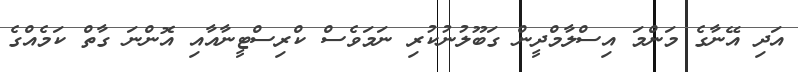
އަދި އޭނާގެ މަންމަ އިސްލާމްދީން ގަބޫލުނުކުރި ނަމަވެސް ކްރިސްޓީނާއާއި އޮންނަ ގާތް ކަމެއްގެ